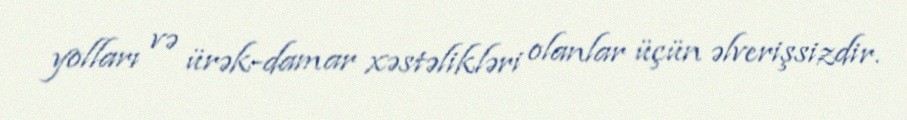
yolları və ürək-damar xəstəlikləri olanlar üçün əlverişsizdir.